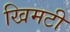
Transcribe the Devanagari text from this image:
खिमटी